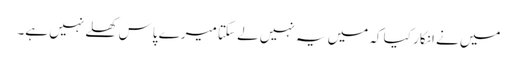
میں نے انکار کیا کہ میں یہ نہیں لے سکتا میرے پاس کھلے نہیں ہے۔